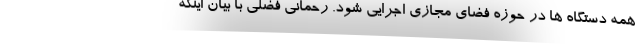
همه دستگاه ها در حوزه فضای مجازی اجرایی شود. رحمانی فضلی با بیان اینکه